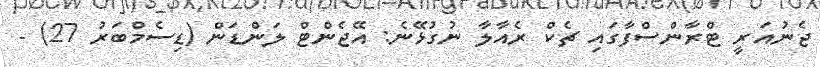
ޖެނުއަރީ ޓްރާންސްފާގައި ޗެކް ރެއާލާ ނުގުޅޭނެ: އޭޖެންޓް ލަންޑަން (ޑިސެމްބަރު 27) -